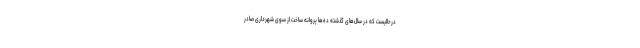
درحالیست که در سال‌های گذشته ده‌ها پروانه ساخت از سوی شهرداری صادر